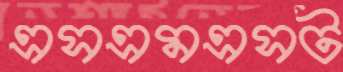
এসএমএসট